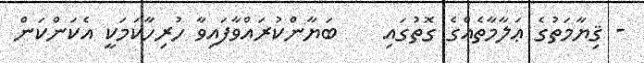
- ޤިޔާމަތުގެ ޢަލާމާތެއްގެ ގޮތުގައި    ބަޔާންކުރައްވާފައިވާ ހުރިހާކަމަކީ އެކަންކަން